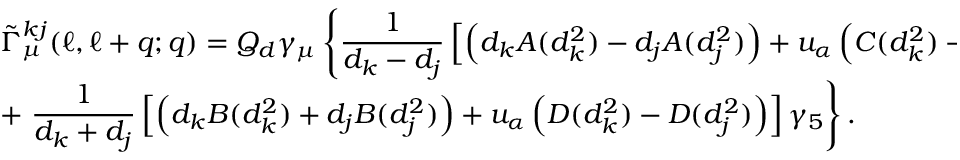
\begin{array} { l } { { \displaystyle \tilde { \Gamma } _ { \mu } ^ { k j } ( \ell , \ell + q ; q ) = Q _ { d } \gamma _ { \mu } \left\{ \frac { 1 } { d _ { k } - d _ { j } } \left[ \left( d _ { k } A ( d _ { k } ^ { 2 } ) - d _ { j } A ( d _ { j } ^ { 2 } ) \right) + u _ { \alpha } \left( C ( d _ { k } ^ { 2 } ) - C ( d _ { j } ^ { 2 } ) \right) \right] \right. } } \\ { { \displaystyle + \left. \frac { 1 } { d _ { k } + d _ { j } } \left[ \left( d _ { k } B ( d _ { k } ^ { 2 } ) + d _ { j } B ( d _ { j } ^ { 2 } ) \right) + u _ { \alpha } \left( D ( d _ { k } ^ { 2 } ) - D ( d _ { j } ^ { 2 } ) \right) \right] \gamma _ { 5 } \right\} . } } \end{array}